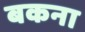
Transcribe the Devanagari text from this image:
बकना